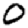
Digit: 0